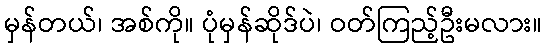
မှန်တယ်၊ အစ်ကို။ ပုံမှန်ဆိုဒ်ပဲ၊ ဝတ်ကြည့်ဦးမလား။